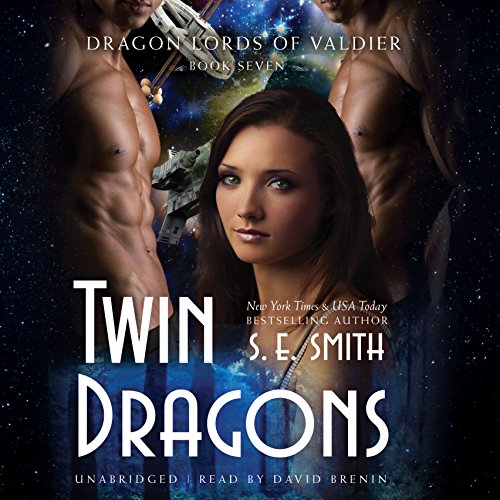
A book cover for Twin Dragons (Dragon Lords of Valdier Series, Book 7); S. E. Smith; Romance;